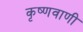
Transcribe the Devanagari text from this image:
कृष्णवाणी